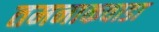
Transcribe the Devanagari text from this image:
तमनाकवाडा